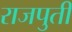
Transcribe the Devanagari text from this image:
राजपुती